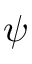
\psi